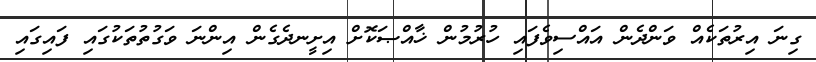
ގިނަ އިރުތަކެއް ވަންދެން އައްސިވެފައި ހުރުމުން ޚާއްޞަކޮށް އިށީނދެގެން އިންނަ ވަގުތުތަކުގައި ފައިގައި